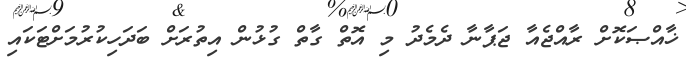
ޚާއްޞަކޮށް ރާއްޖެއާ ޖަޕާނާ ދެމެދު މި އޮތް ގާތް ގުޅުން އިތުރަށް ބަދަހިކުރުމަށްޓަކައި